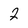
Character: 2